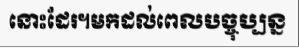
នោះដែរ។មកដល់ពេលបច្ចុប្បន្ន